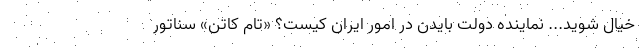
خیال شوید... نماینده دولت بایدن در امور ایران کیست؟ «تام کاتن» سناتور